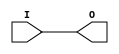
module IBUF_LVDCI_18 (O, I);

    output O;

    input  I;

	buf B1 (O, I);


endmodule